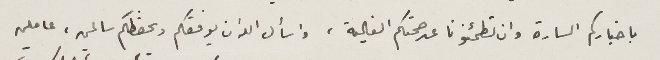
باخباركم السارة وان تطمئنونا عن صحتكم الغالية، واسأل الله ان يوفقكم ويحفظكم سالمين، عاملين